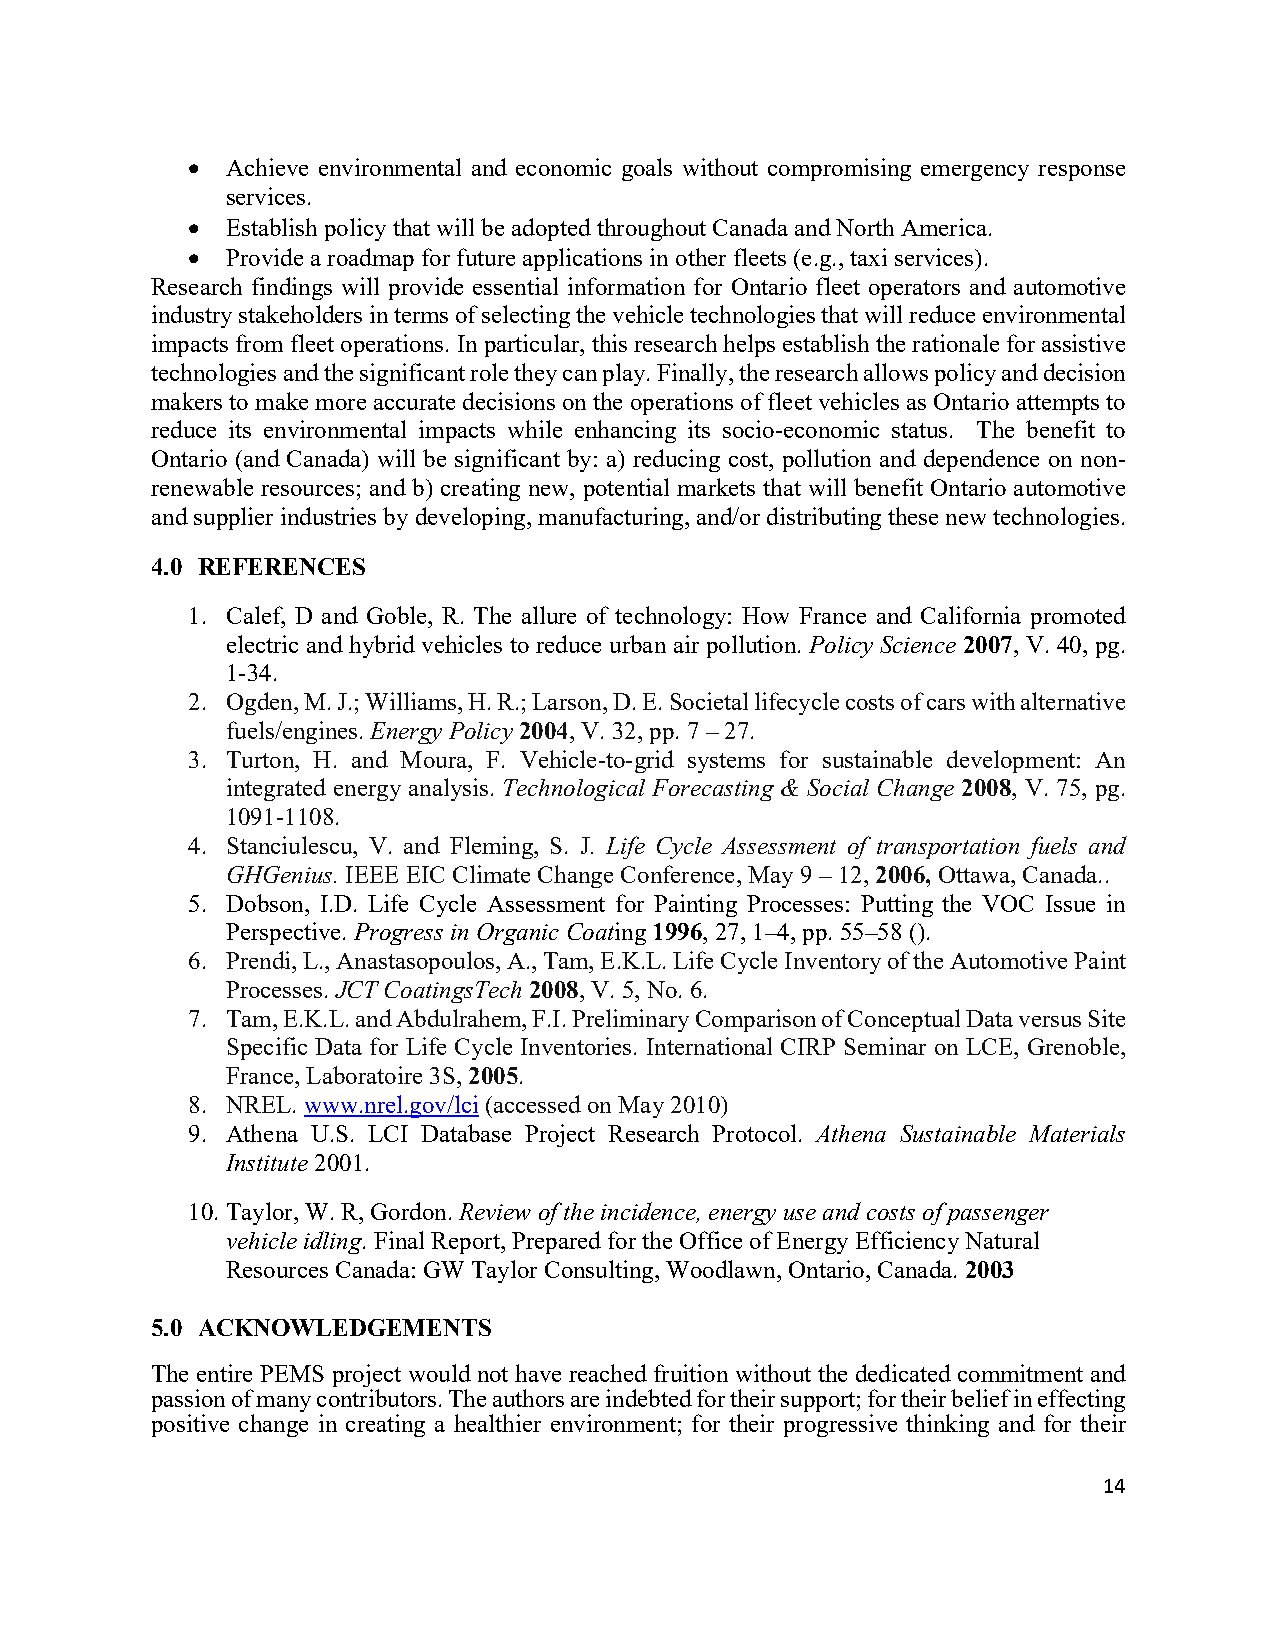
•  Achieve environmental and economic goals without compromising emergency response
 services.
 •  Establish policy that will be adopted throughout Canada and North America.
 •  Provide a roadmap for future applications in other fleets (e.g., taxi services).
 Research findings will provide essential information for Ontario fleet operators and automotive
 industry stakeholders in terms of selecting the vehicle technologies that will reduce environmental
 impacts from fleet operations. In particular, this research helps establish the rationale for assistive
 technologies and the significant role they can play. Finally, the research allows policy and decision
 makers to make more accurate decisions on the operations of fleet vehicles as Ontario attempts to
 reduce its environmental impacts while enhancing its socio-economic status. The benefit to
 Ontario (and Canada) will be significant by: a) reducing cost, pollution and dependence on non-
 renewable resources; and b) creating new, potential markets that will benefit Ontario automotive
 and supplier industries by developing, manufacturing, and/or distributing these new technologies.
 4.0 REFERENCES
 1. Calef, D and Goble, R. The allure of technology: How France and California promoted
 electric and hybrid vehicles to reduce urban air pollution. Policy Science 2007, V. 40, pg.
 1-34.
 2. Ogden, M. J.; Williams, H. R.; Larson, D. E. Societal lifecycle costs of cars with alternative
 fuels/engines. Energy Policy 2004, V. 32, pp. 7 – 27.
 3. Turton, H. and Moura, F. Vehicle-to-grid systems for sustainable development: An
 integrated energy analysis. Technological Forecasting & Social Change 2008, V. 75, pg.
 1091-1108.
 4. Stanciulescu, V. and Fleming, S. J. Life Cycle Assessment of transportation fuels and
 GHGenius. IEEE EIC Climate Change Conference, May 9 – 12, 2006, Ottawa, Canada..
 5. Dobson, I.D. Life Cycle Assessment for Painting Processes: Putting the VOC Issue in
 Perspective. Progress in Organic Coating 1996, 27, 1–4, pp. 55–58 ().
 6. Prendi, L., Anastasopoulos, A., Tam, E.K.L. Life Cycle Inventory of the Automotive Paint
 Processes. JCT CoatingsTech 2008, V. 5, No. 6.
 7. Tam, E.K.L. and Abdulrahem, F.I. Preliminary Comparison of Conceptual Data versus Site
 Specific Data for Life Cycle Inventories. International CIRP Seminar on LCE, Grenoble,
 France, Laboratoire 3S, 2005.
 8. NREL. www.nrel.gov/lci (accessed on May 2010)
 9. Athena U.S. LCI Database Project Research Protocol. Athena Sustainable Materials
 Institute 2001.
 10. Taylor, W. R, Gordon. Review of the incidence, energy use and costs of passenger
 vehicle idling. Final Report, Prepared for the Office of Energy Efficiency Natural
 Resources Canada: GW Taylor Consulting, Woodlawn, Ontario, Canada. 2003
 5.0 ACKNOWLEDGEMENTS
 The entire PEMS project would not have reached fruition without the dedicated commitment and
 passion of many contributors. The authors are indebted for their support; for their belief in effecting
 positive change in creating a healthier environment; for their progressive thinking and for their
 14